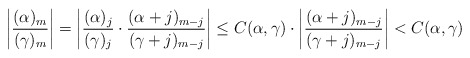
\begin{align*}\left|\frac{(\alpha)_{m}}{(\gamma)_{m}}\right|=\left|\frac{(\alpha)_{j}}{(\gamma)_{j}}\cdot\frac{(\alpha+j)_{m-j}}{(\gamma+j)_{m-j}}\right|\leq C(\alpha,\gamma)\cdot \left|\frac{(\alpha+j)_{m-j}}{(\gamma+j)_{m-j}}\right|< C(\alpha,\gamma)\end{align*}